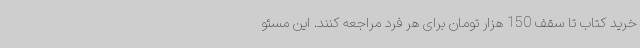
خرید کتاب تا سقف 150 هزار تومان برای هر فرد مراجعه کنند. این مسئو